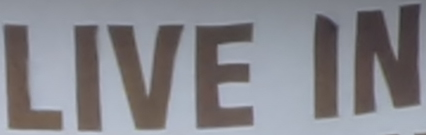
LIVE IN